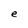
Character: e